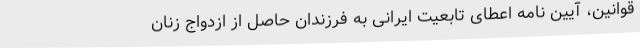
قوانین، آیین نامه اعطای تابعیت ایرانی به فرزندان حاصل از ازدواج زنان